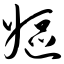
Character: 妪